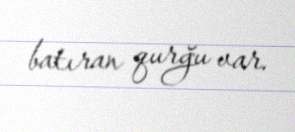
batıran qurğu var.